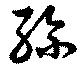
孫